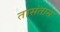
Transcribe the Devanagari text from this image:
तासंतास